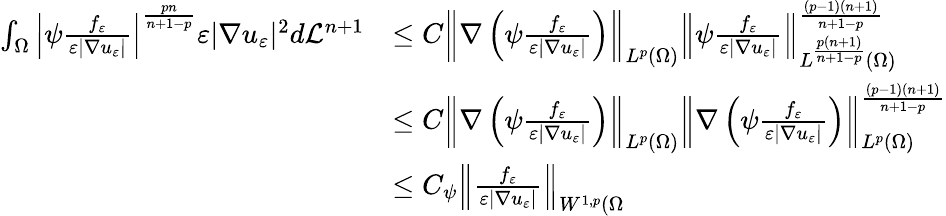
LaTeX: \begin{array}{rl}{\int_{\Omega}\left|\psi\frac{f_{\varepsilon}}{\varepsilon|\nabla u_{\varepsilon}|}\right|^{\frac{pn}{n+1-p}}\varepsilon|\nabla u_{\varepsilon}|^{2}d\mathcal L^{n+1}}&{\leq C\left\| \nabla\left(\psi\frac{f_{\varepsilon}}{\varepsilon|\nabla u_{\varepsilon}|}\right)\right\| _{L^{p}(\Omega)}\left\| \psi\frac{f_{\varepsilon}}{\varepsilon|\nabla u_{\varepsilon}|}\right\| _{L^{\frac{p(n+1)}{n+1-p}}(\Omega)}^{\frac{(p-1)(n+1)}{n+1-p}}}\\ &{\leq C\left\| \nabla\left(\psi\frac{f_{\varepsilon}}{\varepsilon|\nabla u_{\varepsilon}|}\right)\right\| _{L^{p}(\Omega)}\left\| \nabla\left(\psi\frac{f_{\varepsilon}}{\varepsilon|\nabla u_{\varepsilon}|}\right)\right\| _{L^{p}(\Omega)}^{\frac{(p-1)(n+1)}{n+1-p}}}\\ &{\leq C_{\psi}\left\| \frac{f_{\varepsilon}}{\varepsilon|\nabla u_{\varepsilon}|}\right\| _{W^{1,p}(\Omega}}\end{array}